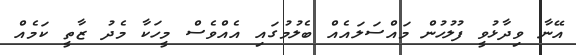
އޭނާ ވިދާޅުވީ ފުލުހުން މައްސަލައެއް ބެލުމުގައި އެއްވެސް މީހަކާ މެދު ޒާތީ ކަމެއް